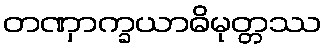
တဏှာက္ခယာဓိမုတ္တဿ